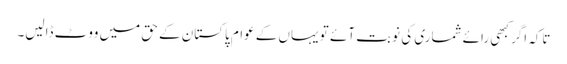
تاکہ اگر کبھی رائے شماری کی نوبت آئے تو یہاں کے عوام پاکستان کے حق میں ووٹ ڈالیں۔